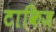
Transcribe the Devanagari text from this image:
टाकिज